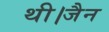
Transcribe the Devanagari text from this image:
थी।जैन